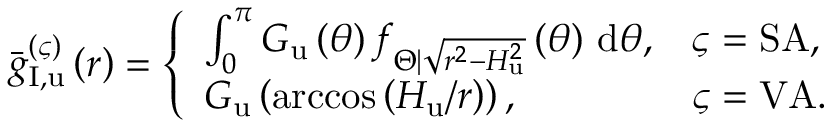
\begin{array} { r } { \bar { g } _ { \mathrm { I } , \mathrm { u } } ^ { \left( \varsigma \right) } \left( r \right) = \left\{ \begin{array} { l l } { \int _ { 0 } ^ { \pi } { G _ { \mathrm { u } } \left( \theta \right) f _ { \Theta | \sqrt { r ^ { 2 } - H _ { \mathrm { u } } ^ { 2 } } } \left( \theta \right) \, \mathrm { d } \theta } , } & { \varsigma = \mathrm { S A } , } \\ { G _ { \mathrm { u } } \left( \operatorname { a r c c o s } \left( H _ { \mathrm { u } } / r \right) \right) , } & { \varsigma = \mathrm { V A } . } \end{array} \right. } \end{array}